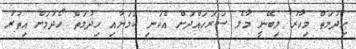
ހިދުމަތް މިހާރު ލިބޭނީ މާލެ ސަރަހައްދަށް އެކަނި ކަަމަށާއި ހިދުމަތް ހޯދުމަށް އިތުރު